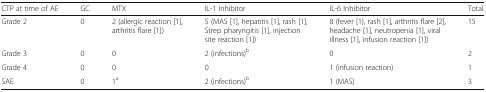
<table><thead><tr><td><b>CTP at time of AE</b></td><td><b>GC</b></td><td><b>MTX</b></td><td><b>IL-1 Inhibitor</b></td><td><b>IL-6 Inhibitor</b></td><td><b>Total</b></td></tr></thead><tbody><tr><td>Grade 2</td><td>0</td><td>2 (allergic reaction [1], arthritis flare [1])</td><td>5 (MAS [1], hepatitis [1], rash [1], Strep pharyngitis [1], injection site reaction [1])</td><td>8 (fever [1}, rash [1], arthritis flare [2], headache [1], neutropenia [1], viral illness [1], infusion reaction [1])</td><td>15</td></tr><tr><td>Grade 3</td><td>0</td><td>0</td><td>2 (infections)<sup>b</sup></td><td>0</td><td>2</td></tr><tr><td>Grade 4</td><td>0</td><td>0</td><td>0</td><td>1 (infusion reaction)</td><td>1</td></tr><tr><td>SAE</td><td>0</td><td>1<sup>a</sup></td><td>2 (infections)<sup>b</sup></td><td>1 (MAS)</td><td>3</td></tr></tbody></table>